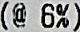
(@ 6%)